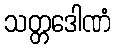
သတ္တဒေါဏံ